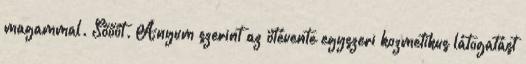
magammal. Sőőőt. Anyum szerint az ötévente egyszeri kozmetikus látogatást